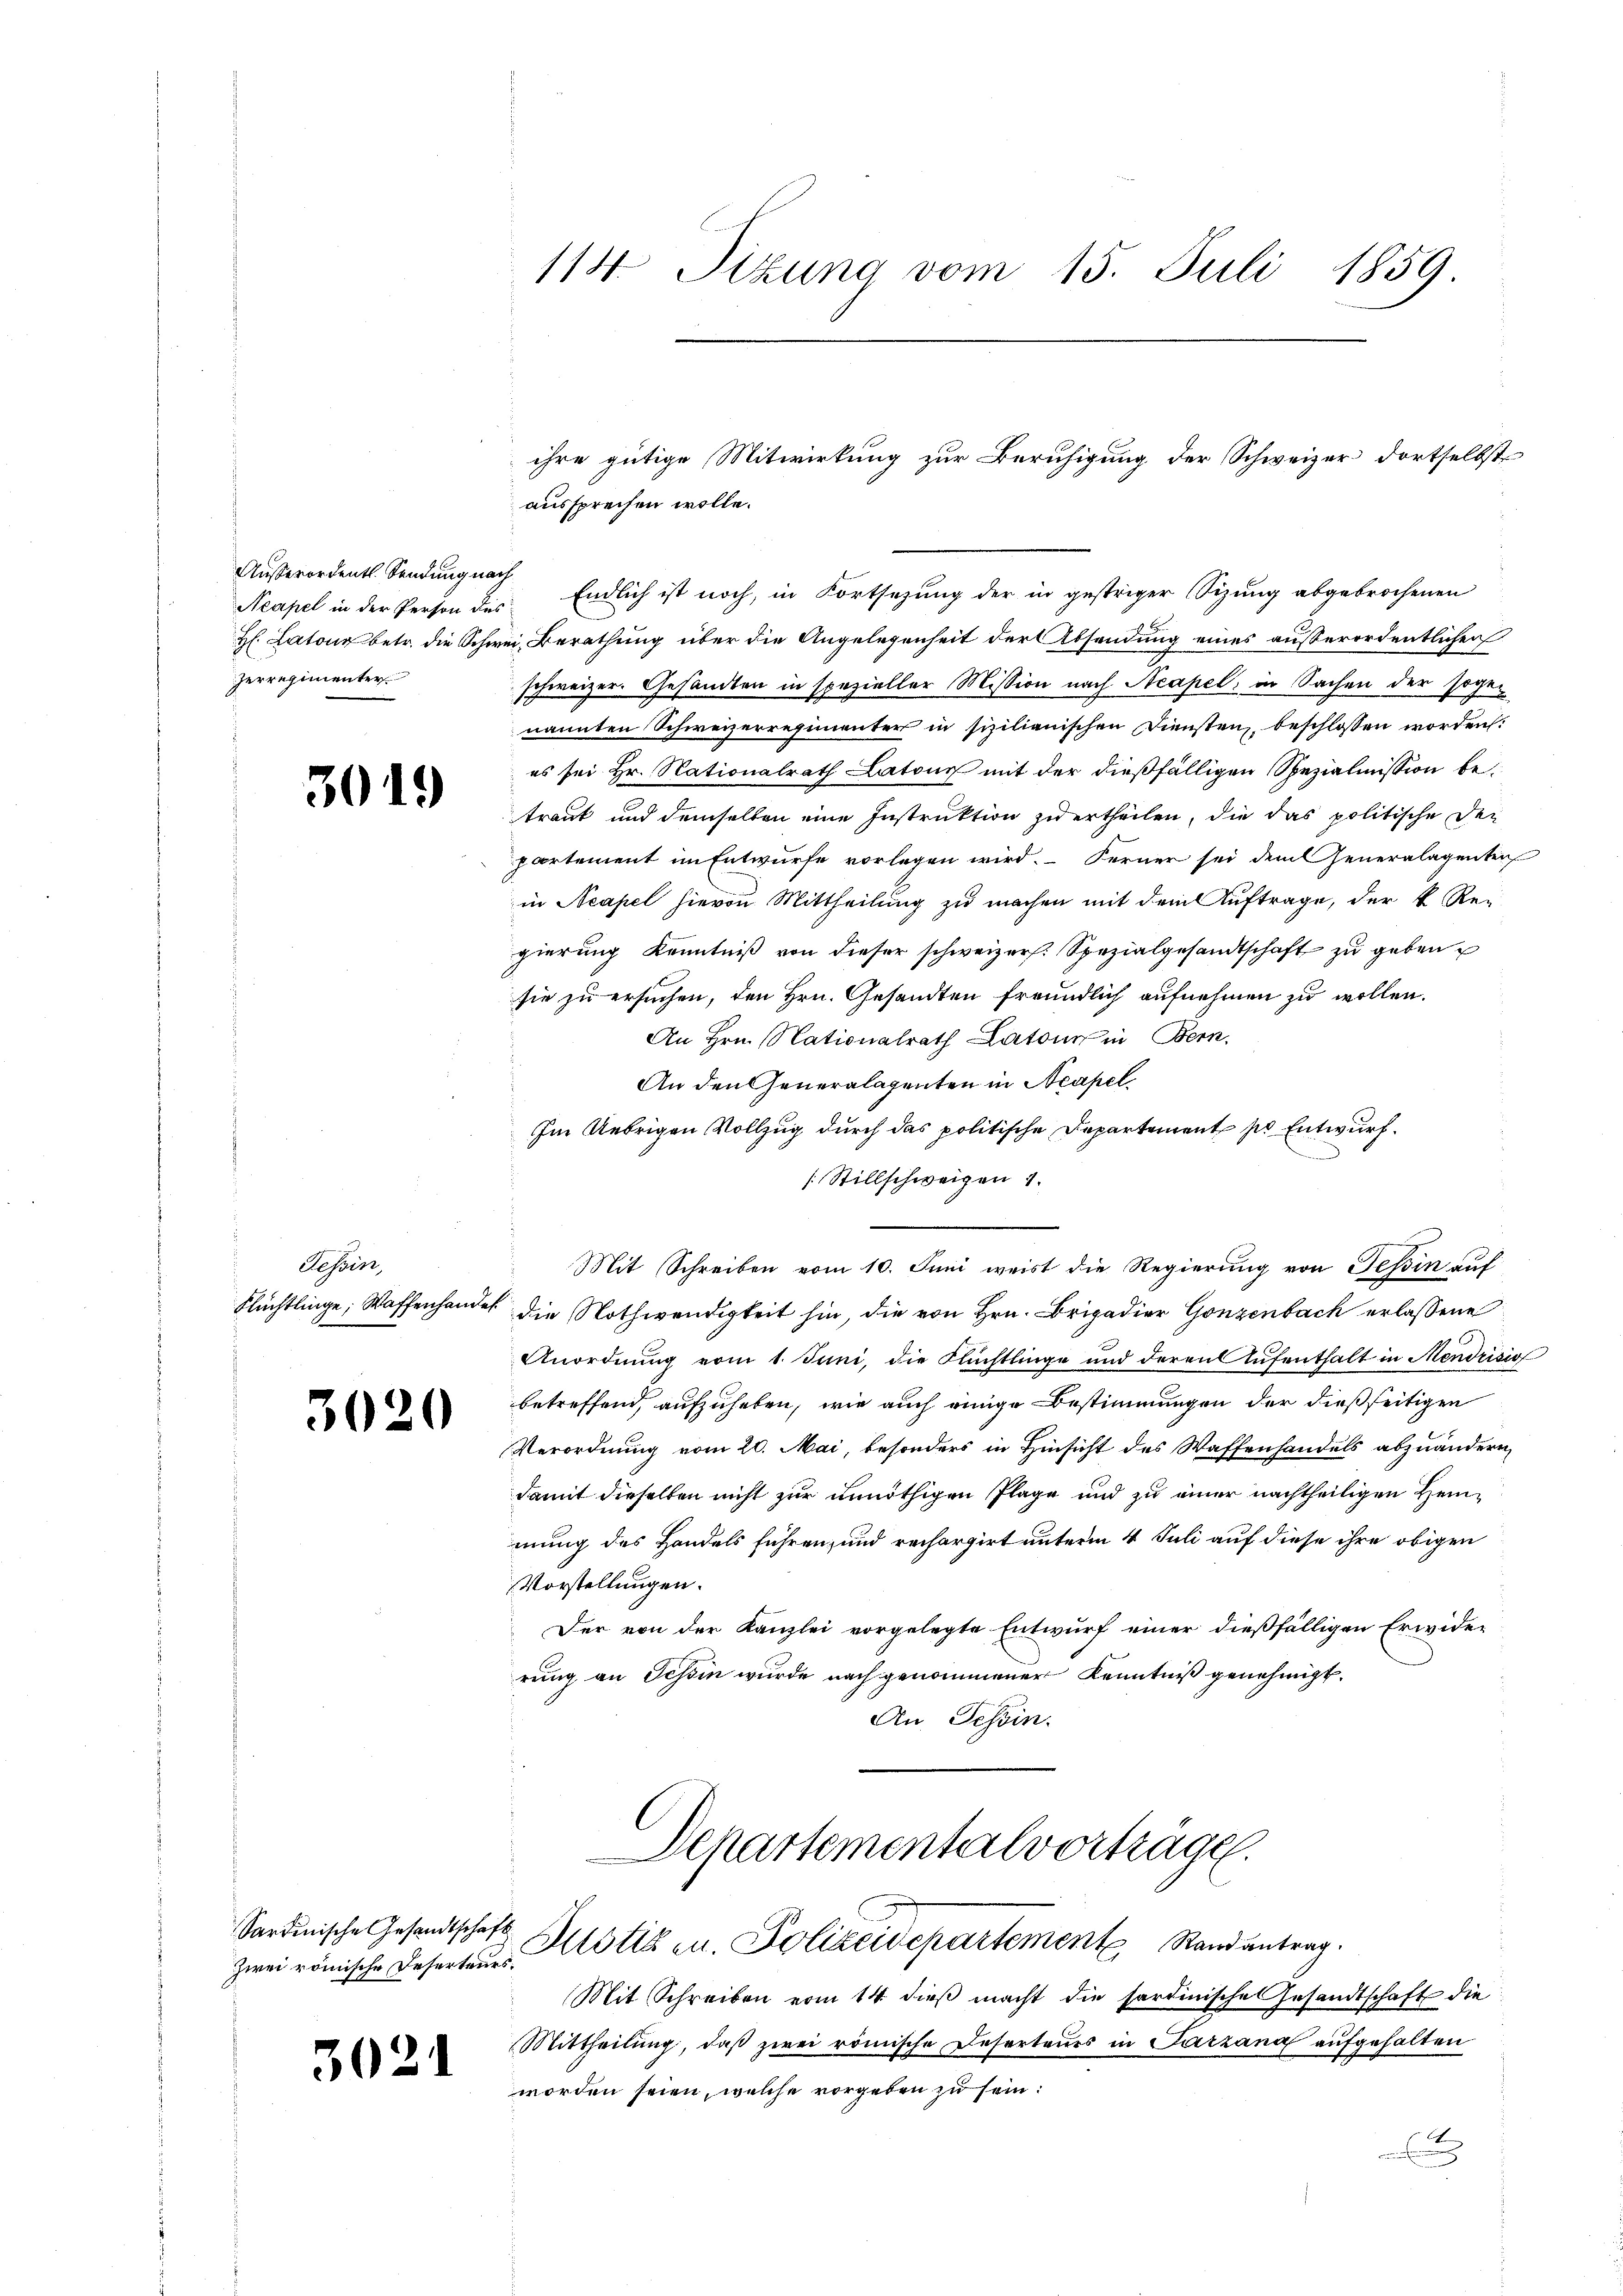
Außerordents Sendung nach
zerregimenter

3019

Tessin,
Flüchtlinge; Waffenhander

30.

¬

Zwei römische Deserteurs.

3021

aussprechen wolle.
H. Latone betr. die Schwei, Berathung über die Angelegenheit der Absendung eines außerordentlichen
schweizer. Gesandten in spezieller Mission nach Neapel in Sachen der soge-
nannten Schweizerregimenter in sizilianischen Diensten, beschlossen worden:
es sei Hr. Nationalrath Latons mit der dießfälligen Spezialmission betraut und demselben eine Instruktion zu ertheilen, die das politische Den
partement im Entwurfe vorlegen wird. Ferner sei dem Generalagenten
in Neapel hievon Mittheilung zu machen mit dem Auftrage, der k. Rec
gierung Kenntniß von dieser schweizer. Spezialgesandtschaft zu geben
sie zu ersuchen, den Hrn. Gesandten freundlich aufnehmen zu wollen.
An Hrn. Nationalrath Latons in Bern.
An den Generalagenten in Neapel
Im Uebrigen Vollzug durch das politische Departement pr Entwurf.
[Stillschweigen 1.
Mit Schreiben vom 10. Juni weist die Regierung von Tessin auf
die Nothwendigkeit hin, die von Hrn. Brigadier Gonzenbach erlassene
Anordnung vom 1. Juni, die Flüchtlinge und deren Aŭfenthalt in Mendrisio
betreffend, aufzuheben, wie auch einige Bestimmungen der dießseitigen
Verordnung vom 20. Mai, besonders in Hinsicht des Waffenhandels abzuändern,
damit dieselben nicht zur unnöthigen Plage und zu einer nachtheiligen Heinmung des Handels führen, und rechargirt unterm 4 Juli auf diese ihre obigen
Vorstellungen.
Der von der Kanzlei vorgelegte Entwurf einer dießfälligen Erwide-
rung an Tessin wurde nach genommener Kenntniß genehmigt.
An Tessin.

114. Sitzung vom 15. Juli 1859.

ihre gütige Mitwirkung zur Beruhigung der Schweizer dortselbst

Neapel in der Person des Endlich ist noch, in Fortsezung der in gestriger Sizung abgebrochenen

Departementalvorträge.
Sardinische Gesandtschaft Altstik u. Polizeidepartement Stand antrag.

Mit Schreiben vom 14. dieβ macht die sardinische Gesandtschaft die
Mittheilŭng, daβ zwei römische Deserteurs in Parzana aufgehalten
worden seien, welche vorgeben zu sein:
u